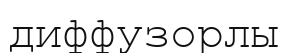
диффузорлы